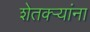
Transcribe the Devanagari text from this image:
शेतक्ऱ्यांना